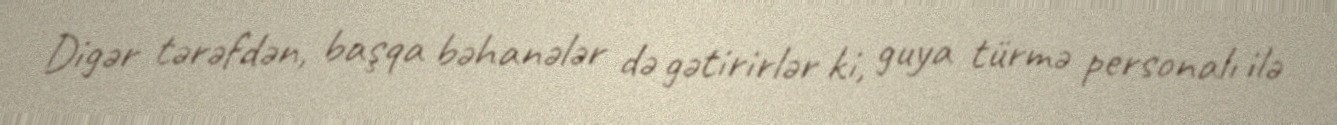
Digər tərəfdən, başqa bəhanələr də gətirirlər ki, guya türmə personalı ilə